Source: Handwritten
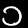
Digit: ၁ (1)